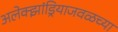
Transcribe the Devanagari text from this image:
अलेक्झांड्रियाजवळच्या